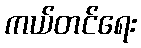
ကယ်တင်ရေး